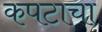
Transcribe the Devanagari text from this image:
कपटाचा